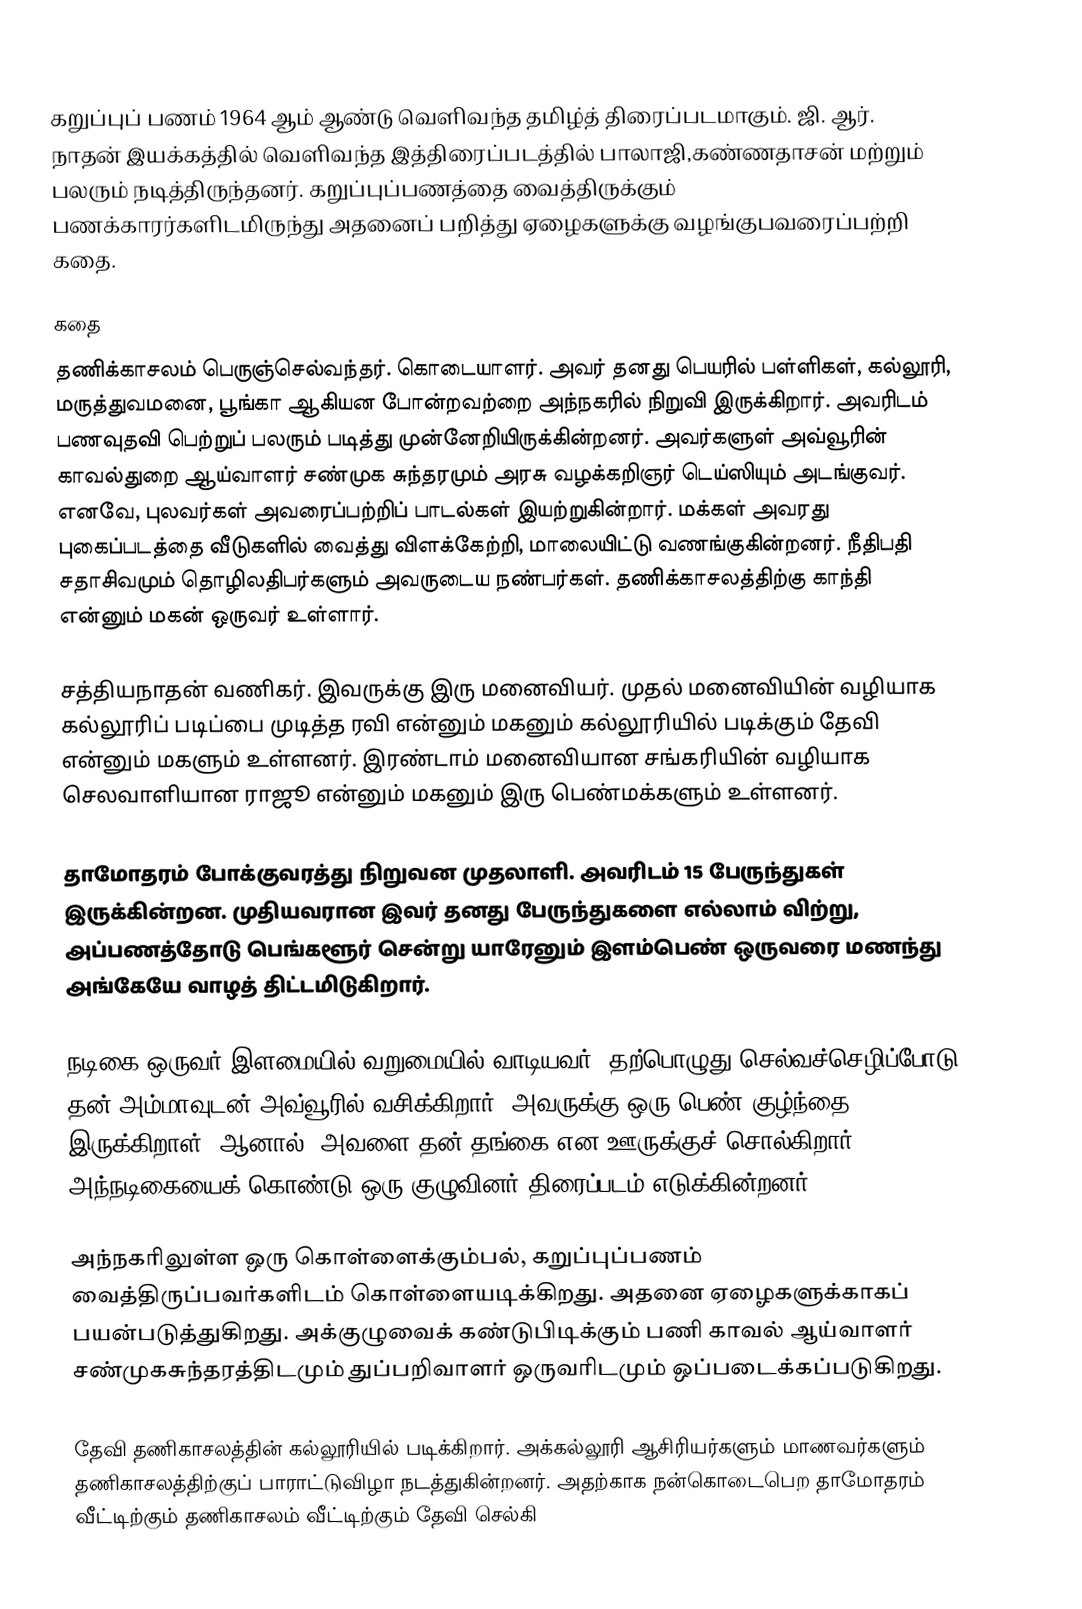
கறுப்புப் பணம் 1964 ஆம் ஆண்டு வெளிவந்த தமிழ்த் திரைப்படமாகும். ஜி. ஆர். நாதன் இயக்கத்தில் வெளிவந்த இத்திரைப்படத்தில் பாலாஜி,கண்ணதாசன் மற்றும் பலரும் நடித்திருந்தனர். கறுப்புப்பணத்தை வைத்திருக்கும் பணக்காரர்களிடமிருந்து அதனைப் பறித்து ஏழைகளுக்கு வழங்குபவரைப்பற்றி கதை.

கதை
தணிக்காசலம் பெருஞ்செல்வந்தர். கொடையாளர். அவர் தனது பெயரில் பள்ளிகள், கல்லூரி, மருத்துவமனை, பூங்கா ஆகியன போன்றவற்றை அந்நகரில் நிறுவி இருக்கிறார். அவரிடம் பணவுதவி பெற்றுப் பலரும் படித்து முன்னேறியிருக்கின்றனர். அவர்களுள் அவ்வூரின் காவல்துறை ஆய்வாளர் சண்முக சுந்தரமும் அரசு வழக்கறிஞர் டெய்ஸியும் அடங்குவர். எனவே, புலவர்கள் அவரைப்பற்றிப் பாடல்கள் இயற்றுகின்றார். மக்கள் அவரது புகைப்படத்தை வீடுகளில் வைத்து விளக்கேற்றி, மாலையிட்டு வணங்குகின்றனர்.  நீதிபதி சதாசிவமும் தொழிலதிபர்களும் அவருடைய நண்பர்கள்.  தணிக்காசலத்திற்கு காந்தி என்னும் மகன் ஒருவர் உள்ளார்.

சத்தியநாதன் வணிகர். இவருக்கு இரு மனைவியர். முதல் மனைவியின் வழியாக கல்லூரிப் படிப்பை முடித்த ரவி என்னும் மகனும் கல்லூரியில் படிக்கும் தேவி என்னும் மகளும் உள்ளனர்.  இரண்டாம் மனைவியான சங்கரியின் வழியாக செலவாளியான ராஜூ என்னும் மகனும் இரு பெண்மக்களும் உள்ளனர்.

தாமோதரம் போக்குவரத்து நிறுவன முதலாளி. அவரிடம் 15 பேருந்துகள் இருக்கின்றன. முதியவரான இவர் தனது பேருந்துகளை எல்லாம் விற்று, அப்பணத்தோடு பெங்களூர் சென்று யாரேனும் இளம்பெண் ஒருவரை மணந்து அங்கேயே வாழத் திட்டமிடுகிறார்.

நடிகை ஒருவர் இளமையில் வறுமையில் வாடியவர். தற்பொழுது செல்வச்செழிப்போடு தன் அம்மாவுடன் அவ்வூரில் வசிக்கிறார். அவருக்கு ஒரு பெண் குழ்ந்தை இருக்கிறாள்; ஆனால், அவளை தன் தங்கை என ஊருக்குச் சொல்கிறார். அந்நடிகையைக் கொண்டு  ஒரு குழுவினர் திரைப்படம் எடுக்கின்றனர்.

அந்நகரிலுள்ள ஒரு கொள்ளைக்கும்பல், கறுப்புப்பணம் வைத்திருப்பவர்களிடம் கொள்ளையடிக்கிறது. அதனை ஏழைகளுக்காகப் பயன்படுத்துகிறது. அக்குழுவைக் கண்டுபிடிக்கும் பணி காவல் ஆய்வாளர் சண்முகசுந்தரத்திடமும் துப்பறிவாளர் ஒருவரிடமும் ஒப்படைக்கப்படுகிறது.

தேவி தணிகாசலத்தின் கல்லூரியில் படிக்கிறார். அக்கல்லூரி ஆசிரியர்களும் மாணவர்களும் தணிகாசலத்திற்குப் பாராட்டுவிழா நடத்துகின்றனர். அதற்காக நன்கொடைபெற தாமோதரம் வீட்டிற்கும் தணிகாசலம் வீட்டிற்கும் தேவி செல்கி